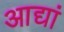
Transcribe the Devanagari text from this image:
आद्यां